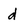
Character: d